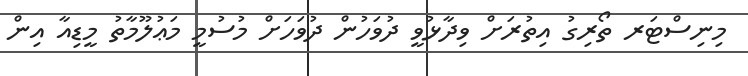
މިނިސްޓަރ ތޯރިގު އިތުރަށް ވިދާޅުވީ ދުވަހުން ދުވަހަށް މުސުމީ މަޢުލޫމާތު މީޑިއާ އިން